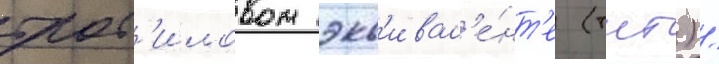
трот'иловом экв'ивал'е́нт'е (тнт) /